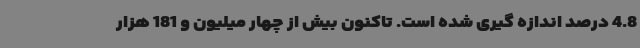
4.8 درصد اندازه گیری شده است. تاکنون بیش از چهار میلیون و 181 هزار